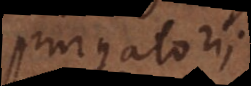
purgatorii.